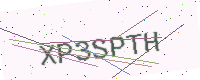
Text: XP3SPTH